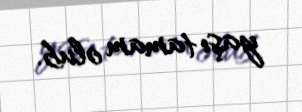
yaşı tamam olub.